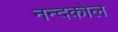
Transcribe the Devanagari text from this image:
नन्दकोल